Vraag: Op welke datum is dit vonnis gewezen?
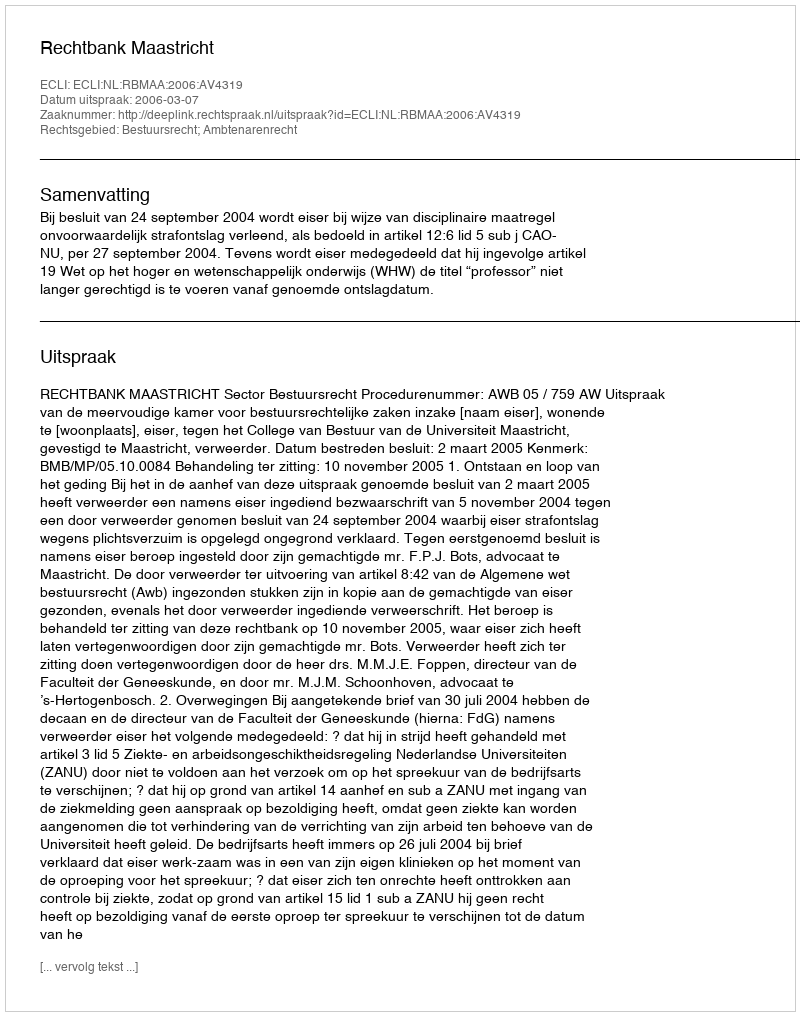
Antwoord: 2006-03-07